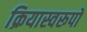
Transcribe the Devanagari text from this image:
क्रियास्वरूपों